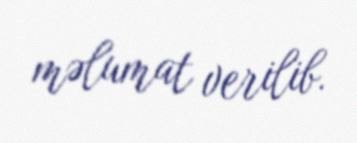
məlumat verilib.